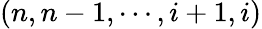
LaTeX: (n,n-1,\cdots,i+1,i)